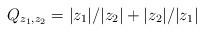
LaTeX: \begin{align*}Q_{z_1,z_2} = |z_1|/|z_2| + |z_2|/|z_1|\end{align*}